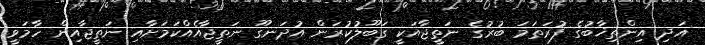
އަދި އިންތިޚާބުގެ ފުރަތަމަ ބުރުގެ ނަތީޖާއަކީ ގަބޫލުކުރަން އުދަނގޫ ނަތީޖާއެއްކަމަށާއި ނަތީޖާއިން ހާމަވީ